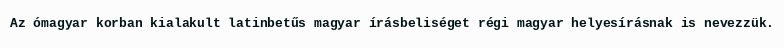
Az ómagyar korban kialakult latinbetűs magyar írásbeliséget régi magyar helyesírásnak is nevezzük.